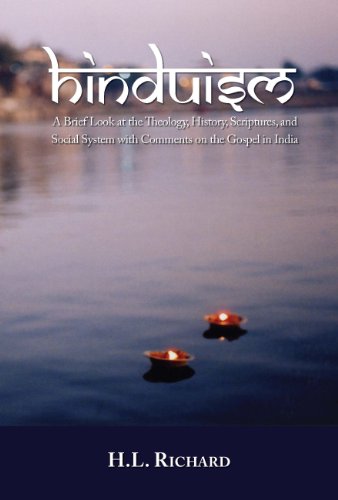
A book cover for Hinduism: A Brief Look at Theology, History, Scriptures, and Social System with Comments on the Gospel in India; RICHARD H L; Religion & Spirituality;